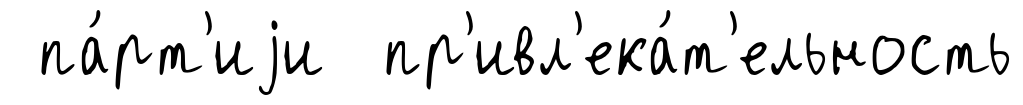
па́рт'иjи пр'ивл'ека́т'ельность